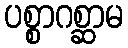
ပစ္စာဂစ္ဆာမ